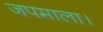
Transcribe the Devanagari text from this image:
जपमाला।